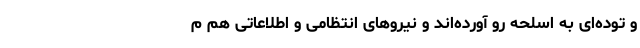
و توده‌ای به اسلحه رو آورده‌اند و نیروهای انتظامی و اطلاعاتی هم م